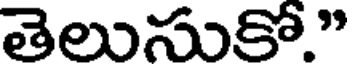
తెలుసుకో."